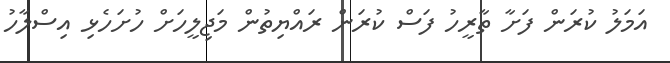
އަމަލު ކުރަން ފަށާ ތާރީހު ފަސް ކުރަން ރައްޔިތުން މަޖިލީހަށް ހުށަހެޅި އިސްލާހު